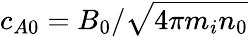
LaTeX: c_{A0}=B_{0}/\sqrt{4\pi m_{i}n_{0}}